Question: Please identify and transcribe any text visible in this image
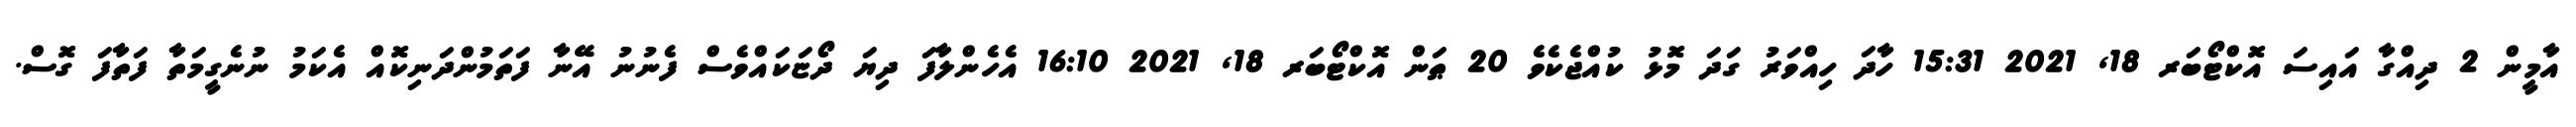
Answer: އާމީން 2 ދިއްގާ އައިސަ އޮކްޓޯބަރ 18, 2021 15:31 ހާދަ ހިއްވަރު ގަދަ މޮޅު ކުއްޖެކެވެ 20 ޠަން އޮކްޓޯބަރ 18, 2021 16:10 އެހެންލާފަ ދިޔަ ދޯޏަކައްވެސް ފެނުނު އޭނާ ފަތަމުންދަނިކޮއް އެކަމު ނުނެގީމަތާ ފަތާފަ ގޮސް.